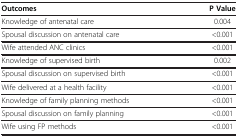
| Outcomes | P Value |
 | --- | --- |
 | Knowledge of antenatal care | 0.004 |
 | Spousal discussion on antenatal care | <0.001 |
 | Wife attended ANC clinics | <0.001 |
 | Knowledge of supervised birth | 0.002 |
 | Spousal discussion on supervised birth | <0.001 |
 | Wife delivered at a health facility | <0.001 |
 | Knowledge of family planning methods | <0.001 |
 | Spousal discussion on family planning | <0.001 |
 | Wife using FP methods | <0.001 |